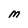
Character: M